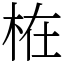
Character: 𣑊